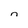
Character: n